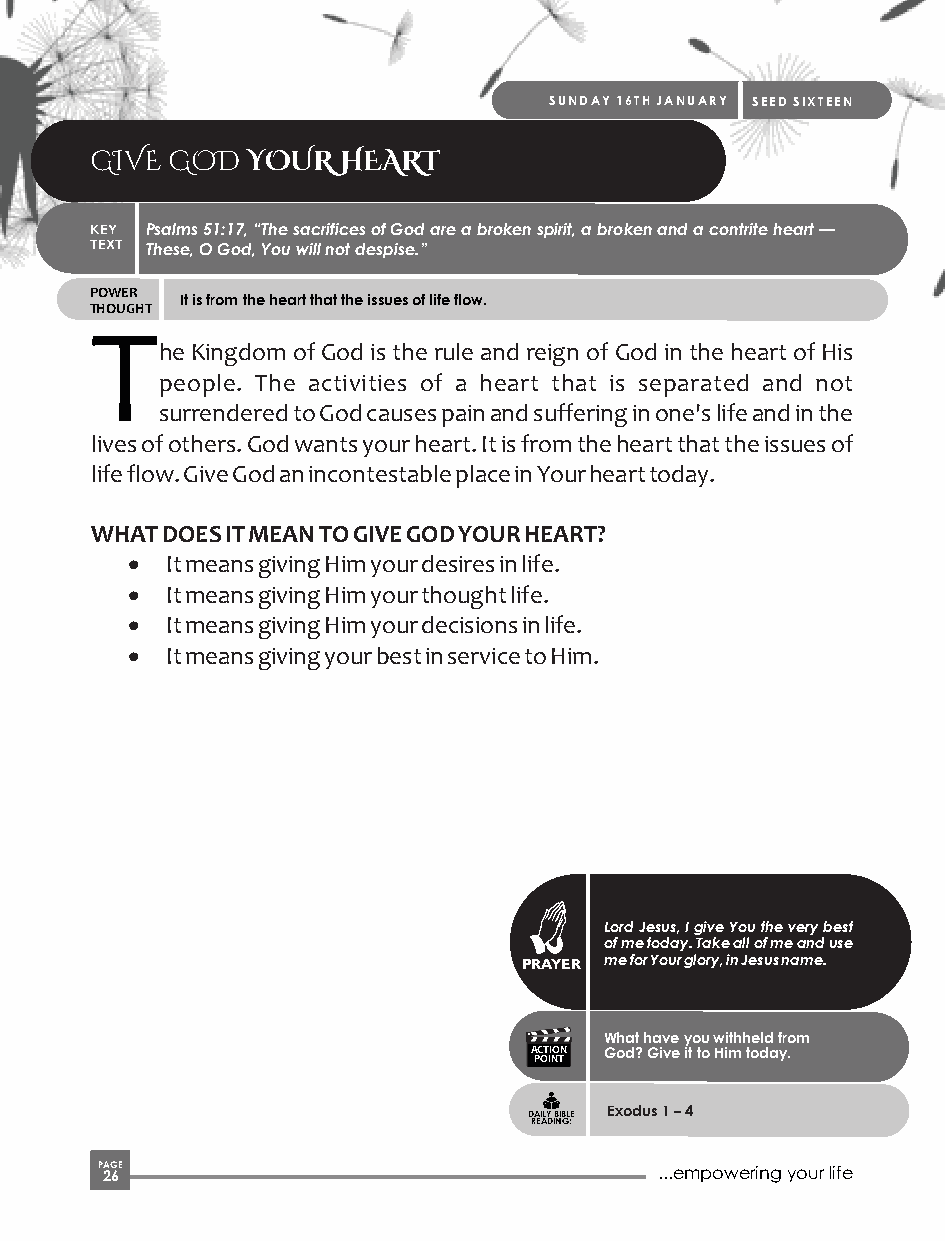
SUNDAY 16TH JANUARY SEED SIXTEEN
 GIVE GOD  YOUR  HEART
 KEY Psalms 51:17, “The sacrifices of God are a broken spirit, a broken and a contrite heart —
 TEXT These, O God, You will not despise.”
 POWER
 It is from the heart that the issues of life flow.
 THOUGHT
 T
 he Kingdom of God is the rule and reign of God in the heart of His
 people. The activities of a heart that is separated and not
 surrendered to God causes pain and suffering in one's life and in the
 lives of others. God wants your heart. It is from the heart that the issues of
 life flow. Give God an incontestable place in Your heart today.
 WHAT DOES IT MEAN TO GIVE GOD YOUR HEART?
 ·  It means giving Him your desires in life.
 ·  It means giving Him your thought life.
 ·  It means giving Him your decisions in life.
 ·  It means giving your best in service to Him.
 Lord Jesus, I give You the very best
 of me today. Take all of me and use
 PRAYER me for Your glory, in Jesus name.
 What have you withheld from
 ACTION God? Give it to Him today.
 POINT
 Exodus 1 – 4
 DAILY BIBLE
 READING:
 P 2AG 6E                              ...empowering your life